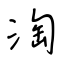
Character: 淘